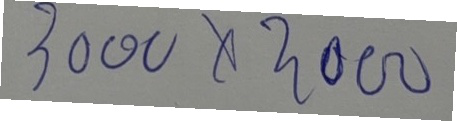
3000 x 3000